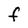
Character: f